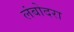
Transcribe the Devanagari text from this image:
लंबोदरा